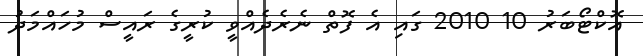
އޮކްޓޯބަރު 10 2010 ގައި އެ ފޮތް ނެރެދެއްވީ ކުރީގެ ރައީސް މުހައްމަދު